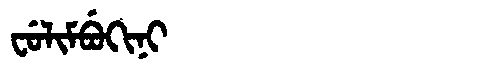
Manchu: ᠸᡠᠯᡳᠮᠪᡠᡴᡳᠨᡳ
Romanization: FULIMBUKINI